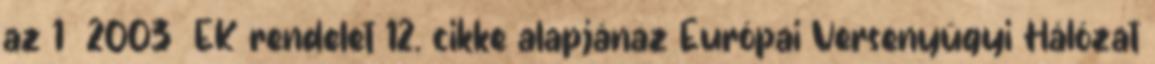
az 1 2003 EK rendelet 12. cikke alapjánaz Európai Versenyügyi Hálózat